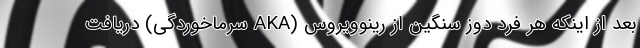
بعد از اینکه هر فرد دوز سنگین از رینوویروس (AKA سرماخوردگی) دریافت